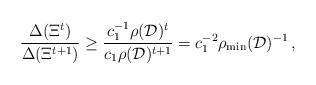
LaTeX: \begin{align*}\frac{\Delta(\Xi^{t})}{\Delta(\Xi^{t+1})}\geq\frac{c^{-1}_1\rho(\mathcal{D})^t}{c_1\rho (\mathcal{D})^{t+1}} =c_1^{-2}\rho_{\min}(\mathcal{D})^{-1}\,,\end{align*}